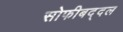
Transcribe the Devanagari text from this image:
सोफीबद्दल